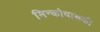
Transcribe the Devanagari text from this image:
मिन्कोवासकी